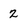
Character: 2